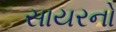
સાયરનો